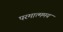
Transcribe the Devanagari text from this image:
परमात्ममय